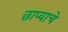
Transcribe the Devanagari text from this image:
छाप्याचे